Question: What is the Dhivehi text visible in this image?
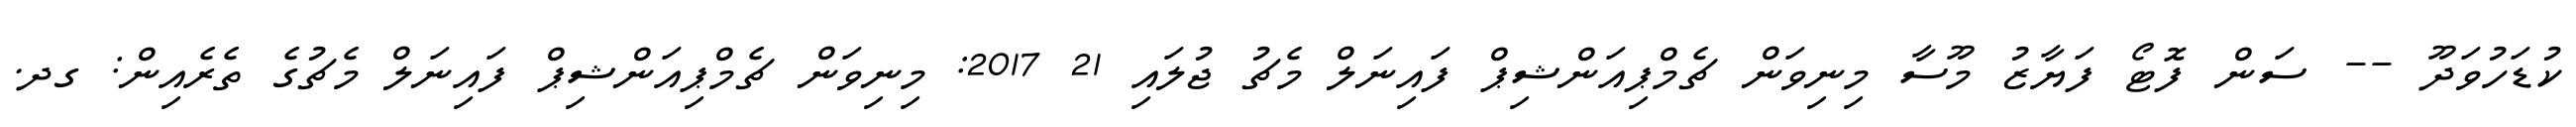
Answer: ކުޑަހުވަދޫ -- ސަން ފޮޓޯ ފަޔާޒު މޫސާ މިނިވަން ޗެމްޕިއަންޝިޕް ފައިނަލް މެޗު ޖުލައި 21 2017: މިނިވަން ޗެމްޕިއަންޝިޕް ފައިނަލް މެޗުގެ ތެރެއިން: ގދ.